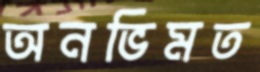
অনভিমত